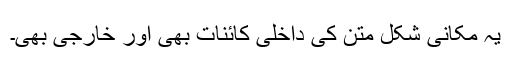
یہ مکانی شکل متن کی داخلی کائنات بھی اور خارجی بھی۔